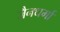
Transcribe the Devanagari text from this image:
जैनधर्मा